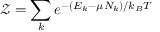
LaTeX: { \mathcal { Z } } = \sum _ { k } e ^ { - ( E _ { k } - \mu N _ { k } ) / k _ { B } T }